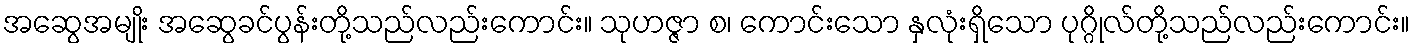
အဆွေအမျိုး အဆွေခင်ပွန်းတို့သည်လည်းကောင်း။ သုဟဇ္ဇာ စ၊ ကောင်းသော နှလုံးရှိသော ပုဂ္ဂိုလ်တို့သည်လည်းကောင်း။